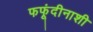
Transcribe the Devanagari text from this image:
फफूंदीनाशी